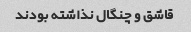
قاشق و چنگال نذاشته بودند